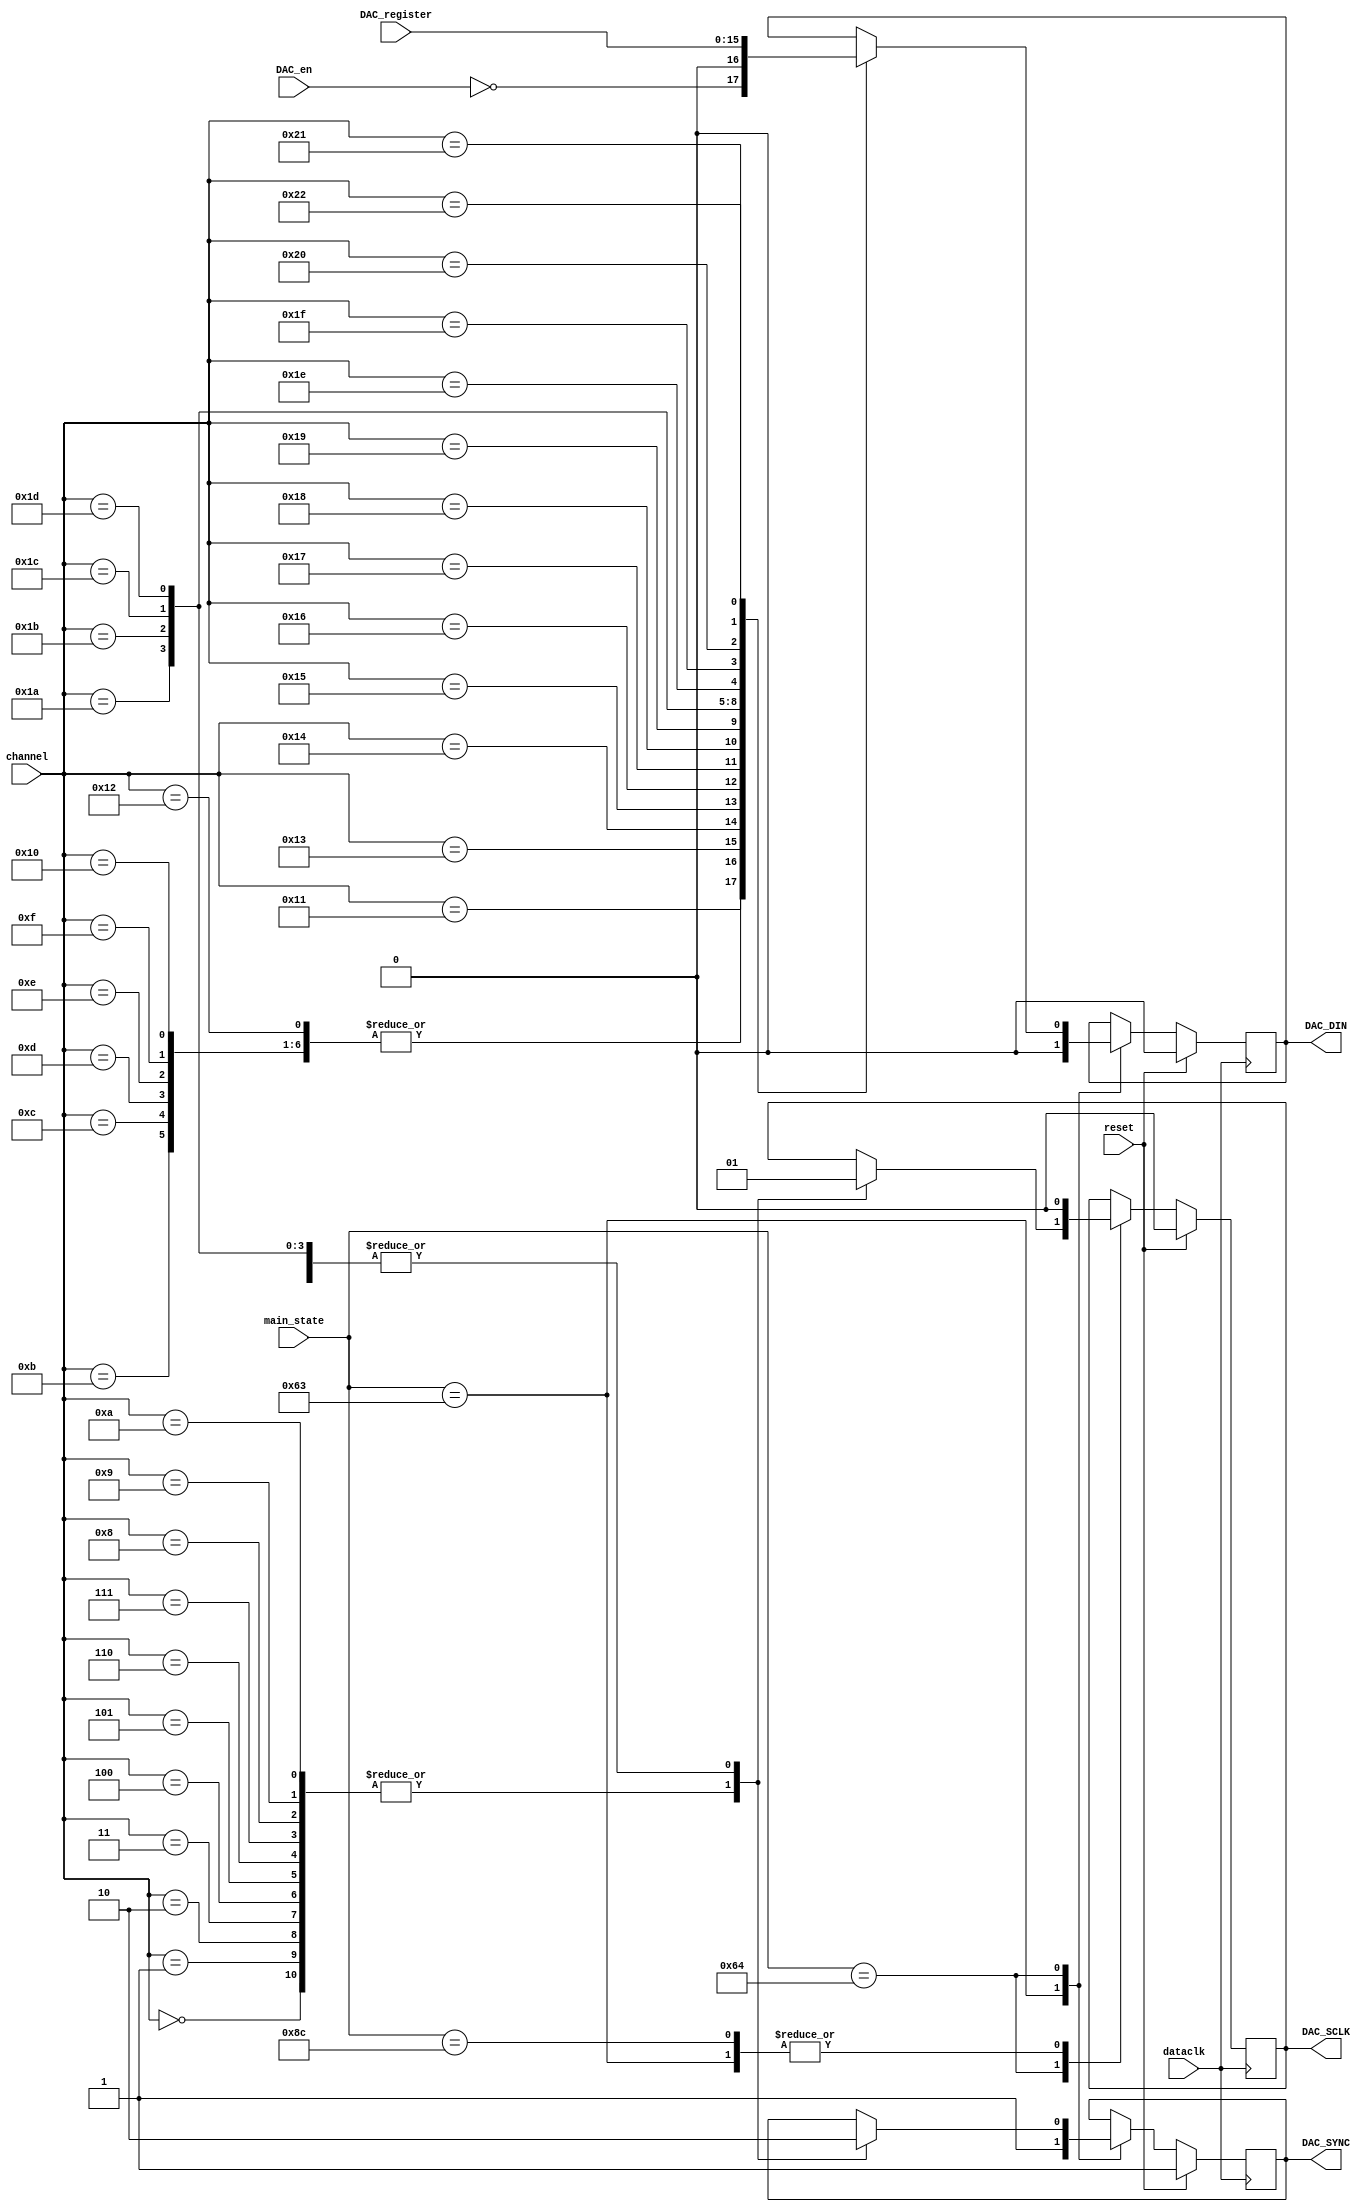
`timescale 1ns / 1ps
//////////////////////////////////////////////////////////////////////////////////
// Company: 		 Intan Technologies, LLC
// 
// Design Name: 	 RHD2000 Rhythm Interface
// Module Name:    DAC_output 
// Project Name:   Opal Kelly FPGA/USB RHD2000 Interface
// Target Devices: 
// Tool versions: 
// Description:    Generates SPI control signals for Analog Devices AD5662 16-bit DAC
//
// Dependencies: 
//
// Revision: 
// Revision 0.01 - File Created
// Additional Comments: 
//
//////////////////////////////////////////////////////////////////////////////////

module DAC_output #(
	parameter ms_wait  	= 99,
   parameter ms_clk1_a 	= 100,
	parameter ms_clk11_a = 140
	)
	(
	input wire			reset,
	input wire			dataclk,
	input wire [31:0] main_state,
	input wire [5:0]	channel,
	input wire [15:0]	DAC_register,
	input wire			DAC_en,
	output reg			DAC_SYNC,
	output reg			DAC_SCLK,
	output reg			DAC_DIN
   );

	// AD5662 16-bit DAC SPI output logic
	// (See Analog Devices AD5662 datasheet for more information.)
		
	always @(posedge dataclk) begin
		if (reset) begin
			DAC_SYNC <= 1'b1;
			DAC_SCLK <= 1'b0;
			DAC_DIN <= 1'b0;
		end else begin
			case (main_state)
			
				ms_wait: begin
					DAC_SYNC <= 1'b1;
					DAC_SCLK <= 1'b0;
					DAC_DIN <= 1'b0;
				end
			
				ms_clk1_a: begin
					case (channel)
					
						0: begin
							DAC_SYNC <= 1'b1;
							DAC_SCLK <= 1'b0;
							DAC_DIN <= 1'b0;
						end
						
						1: begin
							DAC_SYNC <= 1'b1;
							DAC_SCLK <= 1'b0;
							DAC_DIN <= 1'b0;
						end
						
						2: begin
							DAC_SYNC <= 1'b1;
							DAC_SCLK <= 1'b0;
							DAC_DIN <= 1'b0;
						end
						
						3: begin
							DAC_SYNC <= 1'b1;
							DAC_SCLK <= 1'b0;
							DAC_DIN <= 1'b0;
						end
						
						4: begin
							DAC_SYNC <= 1'b1;
							DAC_SCLK <= 1'b0;
							DAC_DIN <= 1'b0;
						end
						
						5: begin
							DAC_SYNC <= 1'b1;
							DAC_SCLK <= 1'b0;
							DAC_DIN <= 1'b0;
						end
						
						6: begin
							DAC_SYNC <= 1'b1;
							DAC_SCLK <= 1'b0;
							DAC_DIN <= 1'b0;
						end
						
						7: begin
							DAC_SYNC <= 1'b1;
							DAC_SCLK <= 1'b0;
							DAC_DIN <= 1'b0;
						end
						
						8: begin
							DAC_SYNC <= 1'b1;
							DAC_SCLK <= 1'b0;
							DAC_DIN <= 1'b0;
						end
						
						9: begin
							DAC_SYNC <= 1'b1;
							DAC_SCLK <= 1'b0;
							DAC_DIN <= 1'b0;
						end
						
						10: begin
							DAC_SYNC <= 1'b1;
							DAC_SCLK <= 1'b0;
							DAC_DIN <= 1'b0;
						end
						
						11: begin
							DAC_SYNC <= 1'b0;
							DAC_SCLK <= 1'b1;
							DAC_DIN <= 1'b0;
						end

						12: begin
							DAC_SYNC <= 1'b0;
							DAC_SCLK <= 1'b1;
							DAC_DIN <= 1'b0;
						end
						
						13: begin
							DAC_SYNC <= 1'b0;
							DAC_SCLK <= 1'b1;
							DAC_DIN <= 1'b0;
						end
						
						14: begin
							DAC_SYNC <= 1'b0;
							DAC_SCLK <= 1'b1;
							DAC_DIN <= 1'b0;
						end
						
						15: begin
							DAC_SYNC <= 1'b0;
							DAC_SCLK <= 1'b1;
							DAC_DIN <= 1'b0;
						end
						
						16: begin
							DAC_SYNC <= 1'b0;
							DAC_SCLK <= 1'b1;
							DAC_DIN <= 1'b0;
						end
						
						17: begin
							DAC_SYNC <= 1'b0;
							DAC_SCLK <= 1'b1;
							DAC_DIN <= ~DAC_en;	 // if DAC_en == 0, DAC output is tied to ground via internal 100 kOhm resistor
						end
						
						18: begin
							DAC_SYNC <= 1'b0;
							DAC_SCLK <= 1'b1;
							DAC_DIN <= 1'b0;
						end
						
						19: begin
							DAC_SYNC <= 1'b0;
							DAC_SCLK <= 1'b1;
							DAC_DIN <= DAC_register[15];
						end
						
						20: begin
							DAC_SYNC <= 1'b0;
							DAC_SCLK <= 1'b1;
							DAC_DIN <= DAC_register[14];
						end
						
						21: begin
							DAC_SYNC <= 1'b0;
							DAC_SCLK <= 1'b1;
							DAC_DIN <= DAC_register[13];
						end
						
						22: begin
							DAC_SYNC <= 1'b0;
							DAC_SCLK <= 1'b1;
							DAC_DIN <= DAC_register[12];
						end
						
						23: begin
							DAC_SYNC <= 1'b0;
							DAC_SCLK <= 1'b1;
							DAC_DIN <= DAC_register[11];
						end
						
						24: begin
							DAC_SYNC <= 1'b0;
							DAC_SCLK <= 1'b1;
							DAC_DIN <= DAC_register[10];
						end
						
						25: begin
							DAC_SYNC <= 1'b0;
							DAC_SCLK <= 1'b1;
							DAC_DIN <= DAC_register[9];
						end
						
						26: begin
							DAC_SYNC <= 1'b0;
							DAC_SCLK <= 1'b1;
							DAC_DIN <= DAC_register[8];
						end
						
						27: begin
							DAC_SYNC <= 1'b0;
							DAC_SCLK <= 1'b1;
							DAC_DIN <= DAC_register[7];
						end
						
						28: begin
							DAC_SYNC <= 1'b0;
							DAC_SCLK <= 1'b1;
							DAC_DIN <= DAC_register[6];
						end
						
						29: begin
							DAC_SYNC <= 1'b0;
							DAC_SCLK <= 1'b1;
							DAC_DIN <= DAC_register[5];
						end
						
						30: begin
							DAC_SYNC <= 1'b0;
							DAC_SCLK <= 1'b1;
							DAC_DIN <= DAC_register[4];
						end
						
						31: begin
							DAC_SYNC <= 1'b0;
							DAC_SCLK <= 1'b1;
							DAC_DIN <= DAC_register[3];
						end
						
						32: begin
							DAC_SYNC <= 1'b0;
							DAC_SCLK <= 1'b1;
							DAC_DIN <= DAC_register[2];
						end
						
						33: begin
							DAC_SYNC <= 1'b0;
							DAC_SCLK <= 1'b1;
							DAC_DIN <= DAC_register[1];
						end
						
						34: begin
							DAC_SYNC <= 1'b0;
							DAC_SCLK <= 1'b1;
							DAC_DIN <= DAC_register[0];
						end
						
					endcase
				end
				
				ms_clk11_a: begin
					DAC_SCLK <= 1'b0;
				end
			
			endcase
		end
	end

endmodule